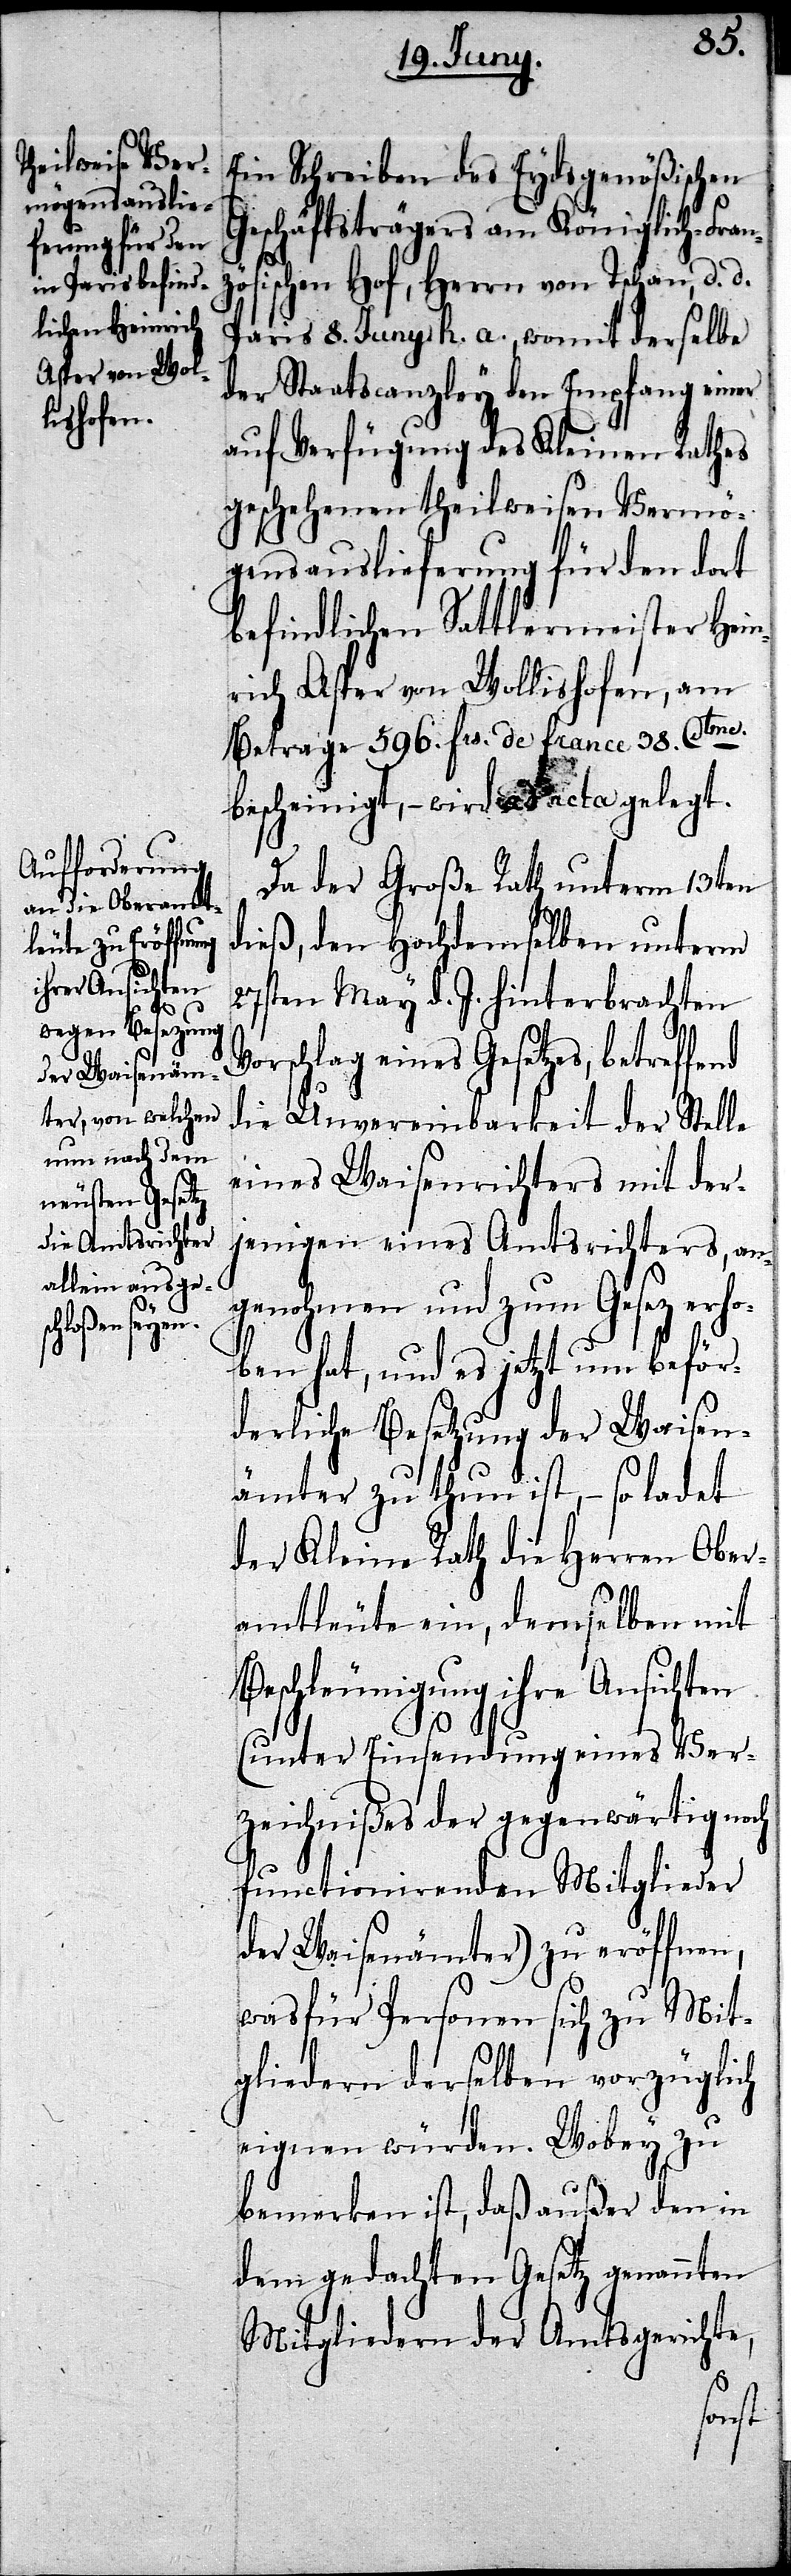
Vo¬

Ein Schreiben des Eydsgenößischen
Geschäftsträgers am Königlichen-Fr¬
ösischen Hof, Herrn von Tschan, d. d.
Paris 8. Juny h. a., womit derselbe
der Staatscanzley den Empfang einer
auf Verfügung des Kleinen Rathes
geschehenen theilweisen Vermö¬
gensauslieferung für den dort
befindlichen Sattlermeister Hein¬
rich Asper von Wollishofen, am
Betrage 596. frs. de france 38. Ctme.
bescheinigt, – wird ad acta gelegt.
Da der Große Rath unterm 13ten
dieß, den Hochdenselben unterm
27sten May d. J. hinterbrachten
rschlag eines Gesetzes, betref¬
die Unvereinbarkeit der Stelle
eines Waisenrichters mit der¬
jenigen eines Amtsrichters, an¬
genohmen und zum Gesez erh¬
oben hat, und es jetzt um beför¬
derliche Besetzung der Waisen¬
ämter zu thun ist, – so ladet
der Kleine Rath die Herren Ober¬
amtleute ein, demselben mit
Beschleunigung ihre Ansichten
(unter Einsendung eines Ver¬
zeichnißes der gegenwärtig
functionirenden Mitglieder
der Waisenämter) zu eröffnen,
was für Personen sich zu Mit¬
gliedern derselben vorzüglich
eignen würden. Wobey zu
bemerken ist, daß außer den in
dem gedachten Gesetz genannten
Mitgliedern der Amtsgerichte,
noch